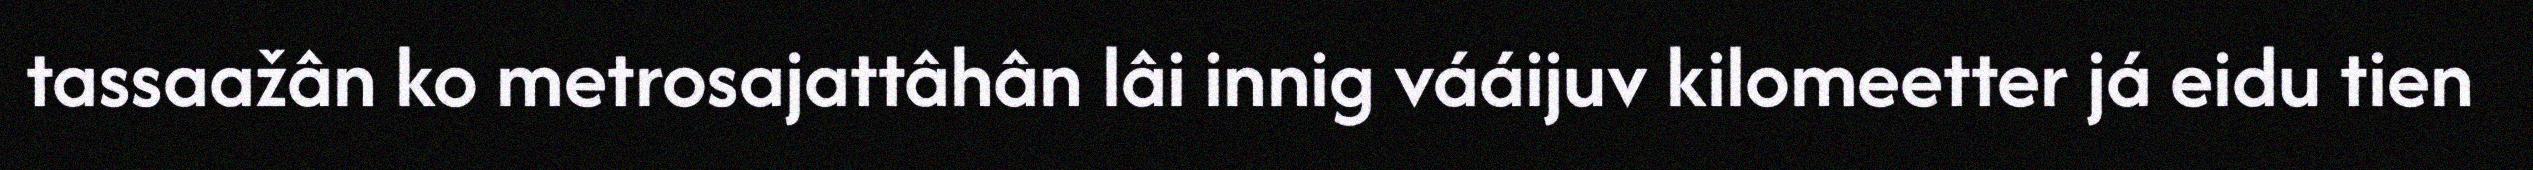
tassaažân ko metrosajattâhân lâi innig vááijuv kilomeetter já eidu tien